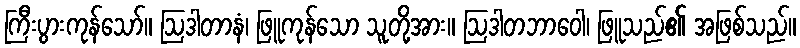
ကြီးပွားကုန်သော်။ ဩဒါတာနံ၊ ဖြူကုန်သော သူတို့အား။ ဩဒါတဘာဝေါ၊ ဖြူသည်၏ အဖြစ်သည်။